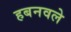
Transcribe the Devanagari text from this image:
हबनवले